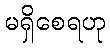
မရှိစေရဟု